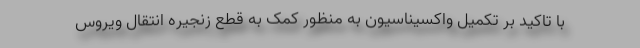
با تاکید بر تکمیل واکسیناسیون به منظور کمک به قطع زنجیره انتقال ویروس